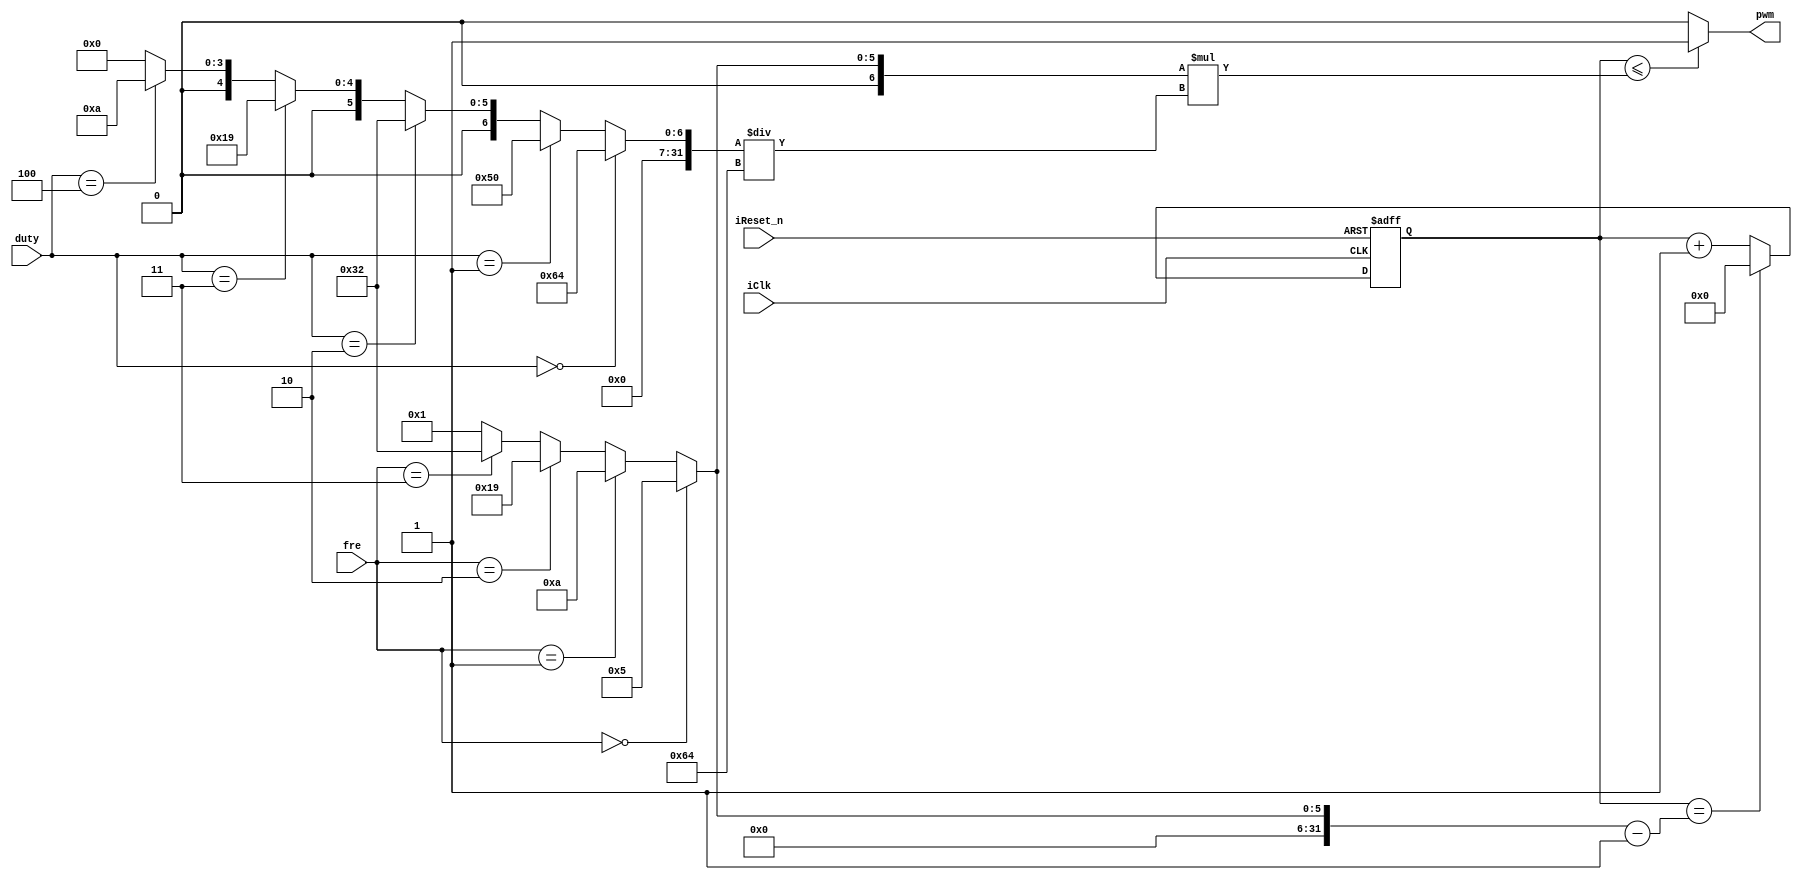
module count (
	iClk,
   iReset_n,
   fre,
   duty,
   pwm
);
   input iClk;
   input iReset_n;
   input [1 : 0] fre;
   input [2 : 0] duty;
   reg [5 : 0]  c;
	output reg pwm;
	
	integer loop ;
	integer d;	
	integer duty_count ;
   always @(posedge iClk, negedge iReset_n)
     begin
        if (~iReset_n) begin
           c <= 6'b0;
        end
        else
          begin
            c <= (c == loop - 1) ? 4'b0 : c + 1;
          end
     end 
     always @* begin
   	pwm = (c <= duty_count) ? 1'b1 : 1'b0;
		loop = (fre == 0) ? 5 : (fre == 1) ? 10 : (fre == 2) ? 25 : (fre == 3) ? 50 : 1;
		d = (duty == 0 ) ? 100 :(duty == 1) ? 80 : (duty == 2) ? 50 : (duty == 3) ? 25 : (duty == 4) ? 10 : 0;
		duty_count = loop * (d/100.0); //loop=10 duty_count=5
     end  
 
  
endmodule